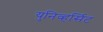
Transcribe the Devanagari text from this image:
युनिव्हर्सिट